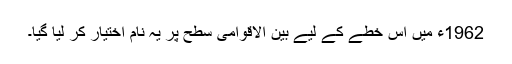
1962ء میں اِس خطے کے لیے بین الاقوامی سطح پر یہ نام اختیار کر لیا گیا۔